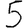
Digit: 5